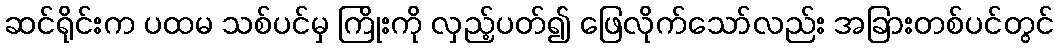
ဆင်ရိုင်းက ပထမ သစ်ပင်မှ ကြိုးကို လှည့်ပတ်၍ ဖြေလိုက်သော်လည်း အခြားတစ်ပင်တွင်